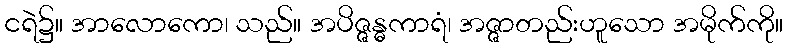
ငရဲ၌။ အာလောကော၊ သည်။ အပိဇ္ဇန္ဓကာရံ၊ အဇ္ဇာတည်းဟူသော အမိုက်ကို။